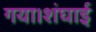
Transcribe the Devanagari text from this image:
गया।शंघाई